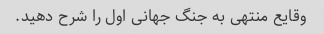
وقایع منتهی به جنگ جهانی اول را شرح دهید.